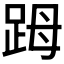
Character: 𧿹